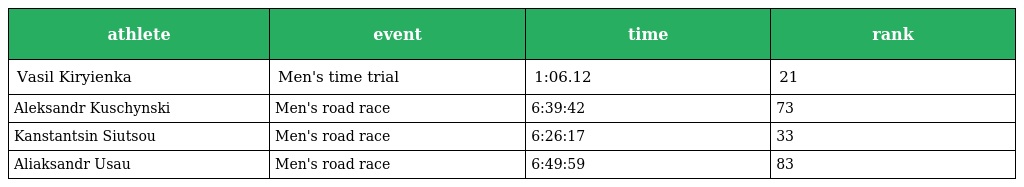
| athlete | event | time | rank |
 | --- | --- | --- | --- |
 | Vasil Kiryienka | Men's time trial | 1:06.12 | 21 |
 | Aleksandr Kuschynski | Men's road race | 6:39:42 | 73 |
 | Kanstantsin Siutsou | Men's road race | 6:26:17 | 33 |
 | Aliaksandr Usau | Men's road race | 6:49:59 | 83 |